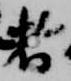
者